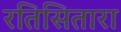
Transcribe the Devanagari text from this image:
रतिसितारा